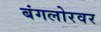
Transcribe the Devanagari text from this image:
बंगलोरवर